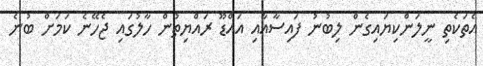
އެތަކެތި ނީލަންކިޔައިގެން ލިބުނު ފައިސާއާއި އައްޑޫ ރައްޔިތުން ހާލުގައި ޖެހޭނެ ކަމަށް ބުނެ